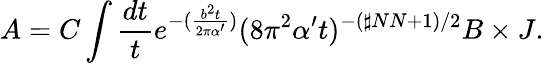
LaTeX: A=C\int\frac{dt}{t}e^{-(\frac{b^{2}t}{2\pi\alpha^{\prime}})}(8\pi^{2}\alpha^{\prime}t)^{-(\sharp NN+1)/2}B\times J.